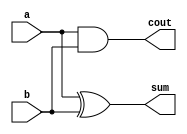
module top_module( 
    input a, b,
    output cout, sum );
    xor(sum, a, b);
    and(cout, a, b);
endmodule